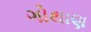
ગોથાણ